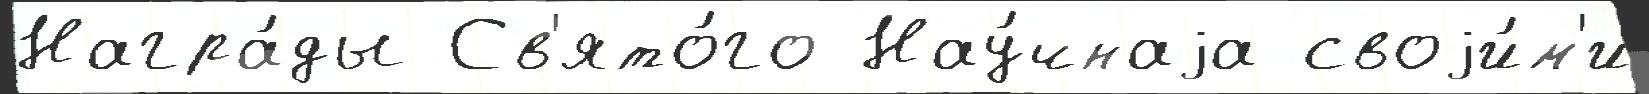
Награ́ды Св'ято́го Нау́чнаjа своjи́м'и